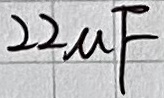
Text: 22µF